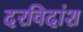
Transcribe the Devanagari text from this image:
दरविदांश